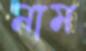
নাম